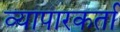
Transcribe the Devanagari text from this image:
व्यापारकर्ता